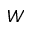
W